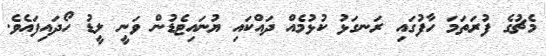
މެޗުގެ ފުރަތަމަ ހާފުގައި ރަނގަޅު ކުޅުމެއް ދައްކައި ޔުނައިޓެޑުން ވަނީ ލީޑު ހޯދައިފައެވެ.